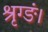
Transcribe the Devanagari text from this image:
श्रृग्ङं।